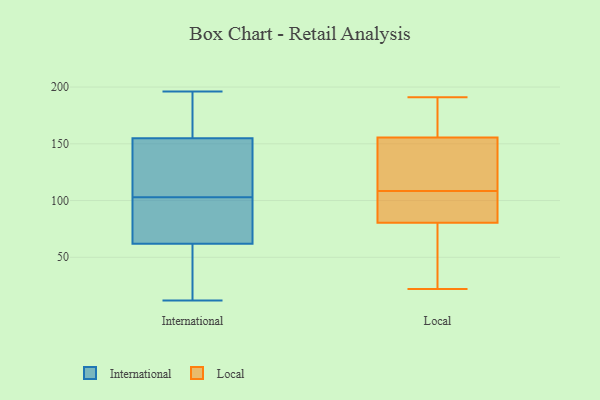
{"axis": {"x": "Backlog", "y": "Value"}, "legend": ["International", "Local"], "data": [{"x": "", "y": 165, "type": "International"}, {"x": "", "y": 91, "type": "International"}, {"x": "", "y": 126, "type": "International"}, {"x": "", "y": 196, "type": "International"}, {"x": "", "y": 103, "type": "International"}, {"x": "", "y": 64, "type": "International"}, {"x": "", "y": 156, "type": "International"}, {"x": "", "y": 68, "type": "International"}, {"x": "", "y": 17, "type": "International"}, {"x": "", "y": 62, "type": "International"}, {"x": "", "y": 170, "type": "International"}, {"x": "", "y": 155, "type": "International"}, {"x": "", "y": 129, "type": "International"}, {"x": "", "y": 109, "type": "International"}, {"x": "", "y": 18, "type": "International"}, {"x": "", "y": 45, "type": "International"}, {"x": "", "y": 12, "type": "International"}, {"x": "", "y": 103, "type": "International"}, {"x": "", "y": 173, "type": "Local"}, {"x": "", "y": 107, "type": "Local"}, {"x": "", "y": 156, "type": "Local"}, {"x": "", "y": 22, "type": "Local"}, {"x": "", "y": 91, "type": "Local"}, {"x": "", "y": 80, "type": "Local"}, {"x": "", "y": 134, "type": "Local"}, {"x": "", "y": 81, "type": "Local"}, {"x": "", "y": 152, "type": "Local"}, {"x": "", "y": 39, "type": "Local"}, {"x": "", "y": 191, "type": "Local"}, {"x": "", "y": 100, "type": "Local"}, {"x": "", "y": 166, "type": "Local"}, {"x": "", "y": 110, "type": "Local"}, {"x": "", "y": 155, "type": "Local"}, {"x": "", "y": 53, "type": "Local"}]}